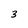
Character: 3